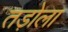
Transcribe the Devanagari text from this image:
तड़ोला